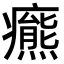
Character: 𤻩